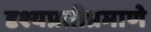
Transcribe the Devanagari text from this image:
दृश्यप्रतीप्रमाणे